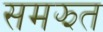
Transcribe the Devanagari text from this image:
समझत